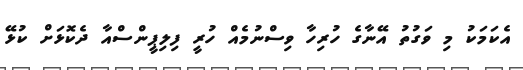
އެކަމަކު މި ވަގުތު އޭނާގެ ހުރިހާ ވިސްނުމެއް ހުރީ ފިލިޕީންސްއާ ދެކޮޅަށް ކުޅޭ